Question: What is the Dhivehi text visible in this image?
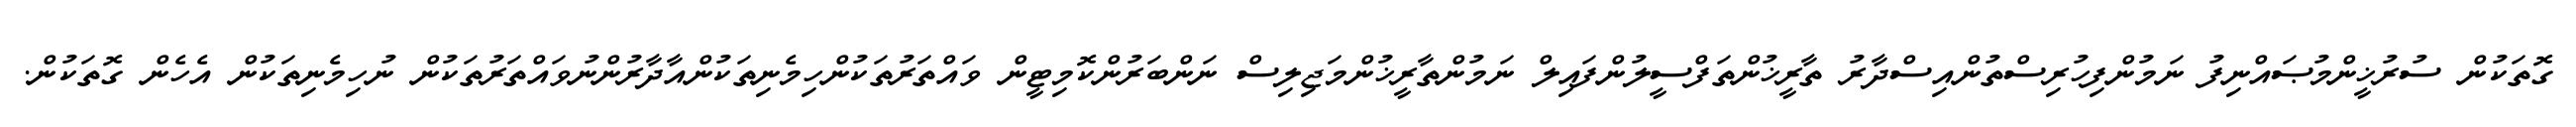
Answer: ގޮތަކުން ސުރުޚީންމުޞައްނިފު ނަމުންފިހުރިސްތުންއިސްދާރު ތާރީޚުންތަފްސީލުންފައިލް ނަމުންތާރީޚުންމަޖިލިސް ނަންބަރުންކޮމިޓީން ވައްތަރުތަކުންހިމެނިތަކުންއާދާރުންނުވައްތަރުތަކުން ނުހިމެނިތަކުން އެހެން ގޮތަކުން.